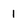
Character: 1